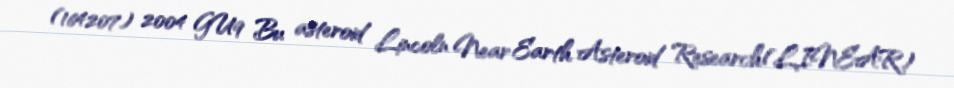
(164207) 2004 GU9 Bu asteroid Lincoln Near Earth Asteroid Research(LINEAR)